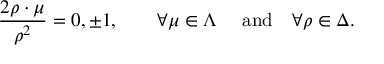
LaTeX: { \frac { 2 \rho \cdot \mu } { \rho ^ { 2 } } } = 0 , \pm 1 , \quad \quad \forall \mu \in \Lambda \quad \ \mathrm { a n d } \quad \forall \rho \in \Delta .